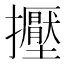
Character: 𢹥